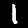
Digit: 1